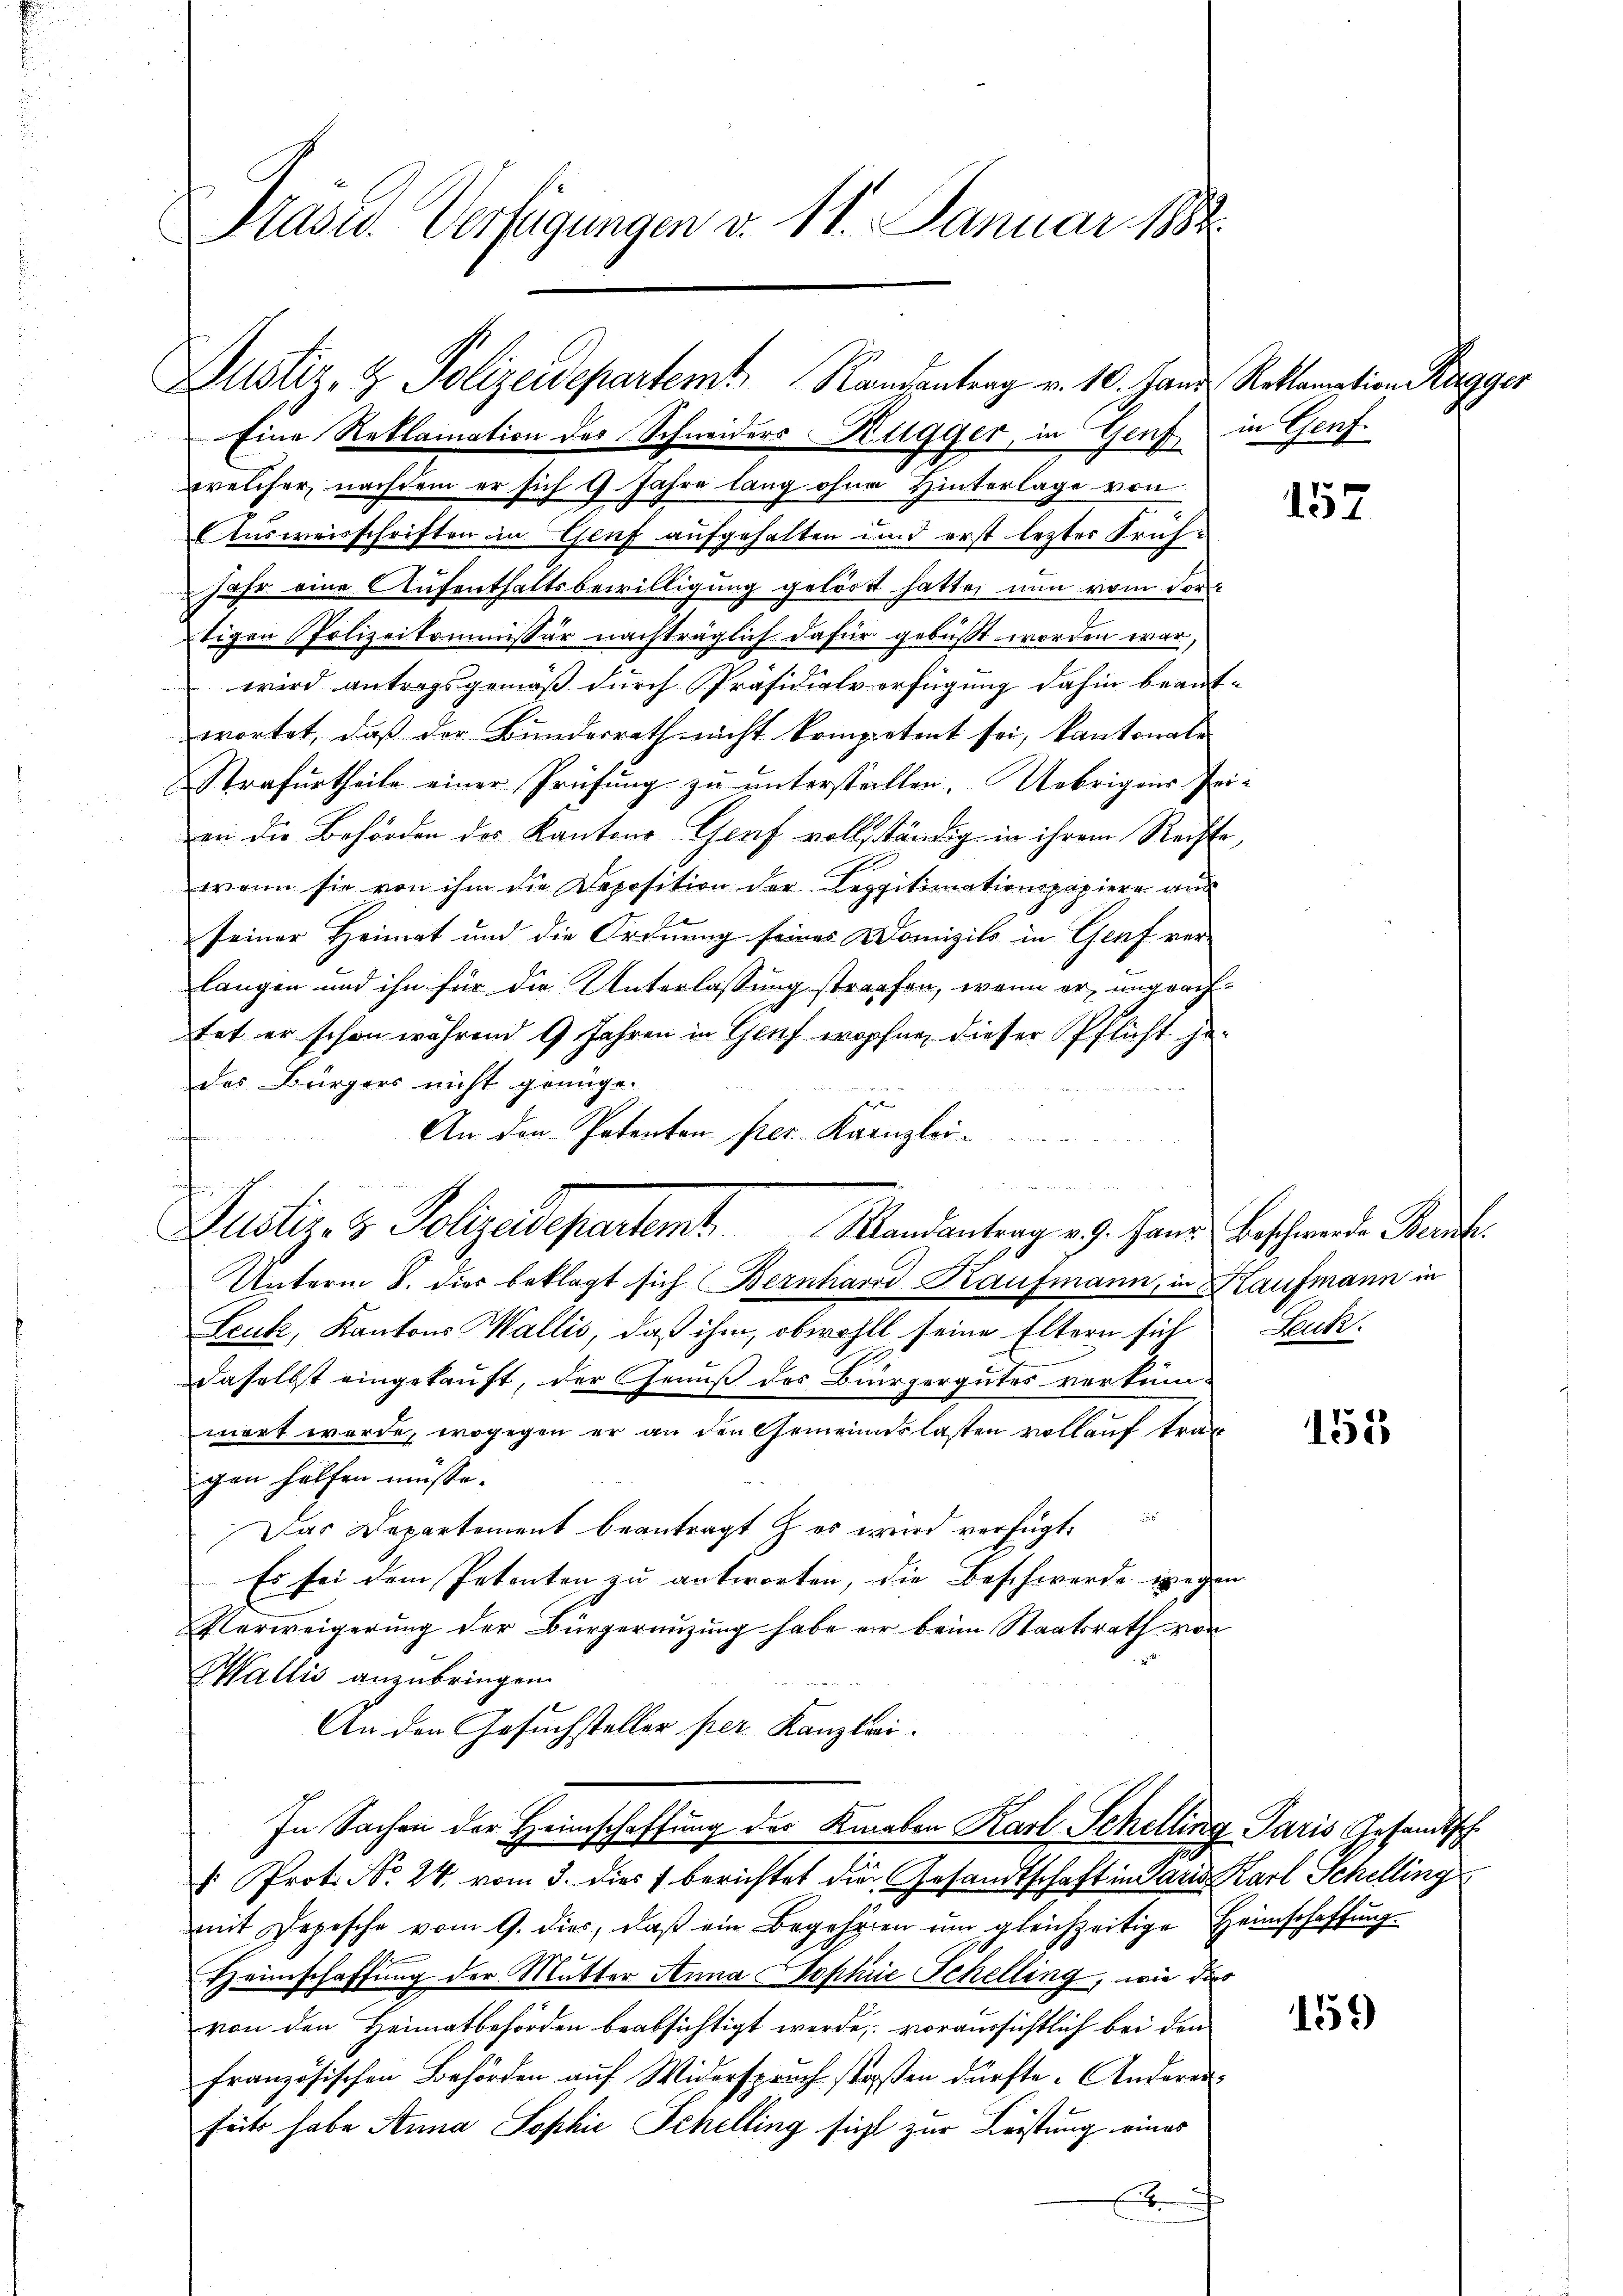
Präsid.. Verfügungen v. 11. Januar 1882.

Justiz- & Polizeidepartemt Randantrag v. 10. Hand Reklamation Bagger

Eine Reklamation des Schneiders Hugger, in Genf in Genf.
welcher, nachdem er sich 9. Jahre lang ohne Hinterlage von
Ausweisschriften in Genf aufgehalten und erst lezter Früh¬
Jahr eine Aufenthaltsbewilligung gelört hatte, nun vom dor¬
Etigen Polizeikommissär nachträglich dafür gebüßt worden war,
wird antragsgemäß durch Präsidialverfügung dahin beant-
wortet, daß der Bundesrath nicht kompetent sei, kantonale
Strafurtheile einer Prüfung zu unterstellen. Uebrigens Prian die Behörden des Kantons Genf vollständig in ihrem Rechte,
wenn sie von ihm die Deposition der Legitimationspapiere aus
seiner Heimat und die Ordnung seines Domizils in Genf verlangen und ihn für die Unterlassung strafen, wenn er, ungraftet er schon während 9 Jahren in Genf wropfen, dieser Pflicht gedes Bürgers nicht genüge.
An den Patenten per Kanzlei-
i
Unterm 8. dies beklagt sich Bernhard Kaufmann, in Kaufmann in
Leuk, Kantons Wallis, daß ihm, obwohlt seine Eltern sich Leuk-
daselbst eingekauft, der Genuß des Bürgergutes verkümmert werde, wogegen er an den Gemeindslasten vollauf trag
gen helfen müsse.
Das Departement beantragt & es wird verfügt:
Es sei dem Petenten zu antworten, die Beschwerde wegen
Verweigerung der Bürgerenzung habe er beim Staatsrath von
Wallis anzubringen.
An den Gesuchsteller per Kanzlei.
In Sachen der Heimschaffung der Knaben Karl Schelling Paris Gesandtsch
E
1 Prot. No. 24. vom 3. dies berichtet die Gesandtschaft in Paria Karl Schelling
mit Depesche vom 9. dies, daβ ein Begehören ŭm gleichzeitige Heimschaffŭng
Heimschaffung der Mutter Anna Dophie Schelling, wie die
von den Heimatbehörden beabsichtigt werde; voraussichtlich bei den
französischen Behörden auf Widerspruch stoßen dürfte. Anderen
seits habe Anna Sophie Schelling sicht zur Leistung eines
E

n
Justiz- & Polizeidepartemb. Mandantrag a. g. Hand beschende Stande

157

158

159)